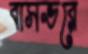
বাসভরে